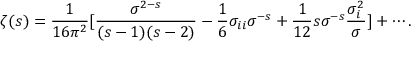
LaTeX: \zeta ( s ) = { \frac { 1 } { 1 6 \pi ^ { 2 } } } [ { \frac { \sigma ^ { 2 - s } } { ( s - 1 ) ( s - 2 ) } } - { \frac { 1 } { 6 } } \sigma _ { i i } \sigma ^ { - s } + { \frac { 1 } { 1 2 } } s \sigma ^ { - s } { \frac { \sigma _ { i } ^ { 2 } } { \sigma } } ] + \cdots .